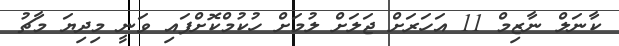
ކާނަލް ނާޒިމް 11 އަހަރަށް ޖަލަށް ލުމަށް ހުކުމްކޮށްފައި ވަނީ މިދިޔަ މާޗު